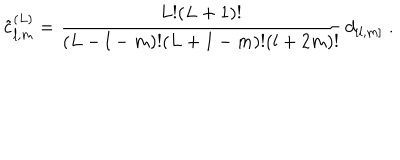
\tilde { c } _ { l , m } ^ { ( L ) } = \frac { L ! ( L + 1 ) ! } { ( L - l - m ) ! ( L + 1 - m ) ! ( l + 2 m ) ! } \, d _ { [ l , m ] } \; .